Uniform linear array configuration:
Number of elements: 16
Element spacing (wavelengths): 0.75
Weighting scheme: uniform
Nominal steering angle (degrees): -45
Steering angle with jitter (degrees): -44.509
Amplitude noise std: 0.05
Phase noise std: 0.05

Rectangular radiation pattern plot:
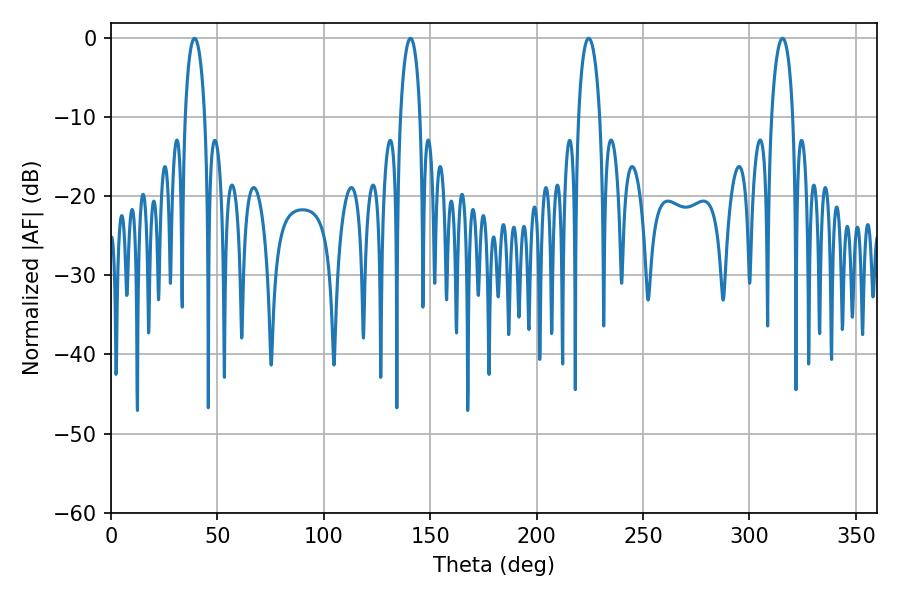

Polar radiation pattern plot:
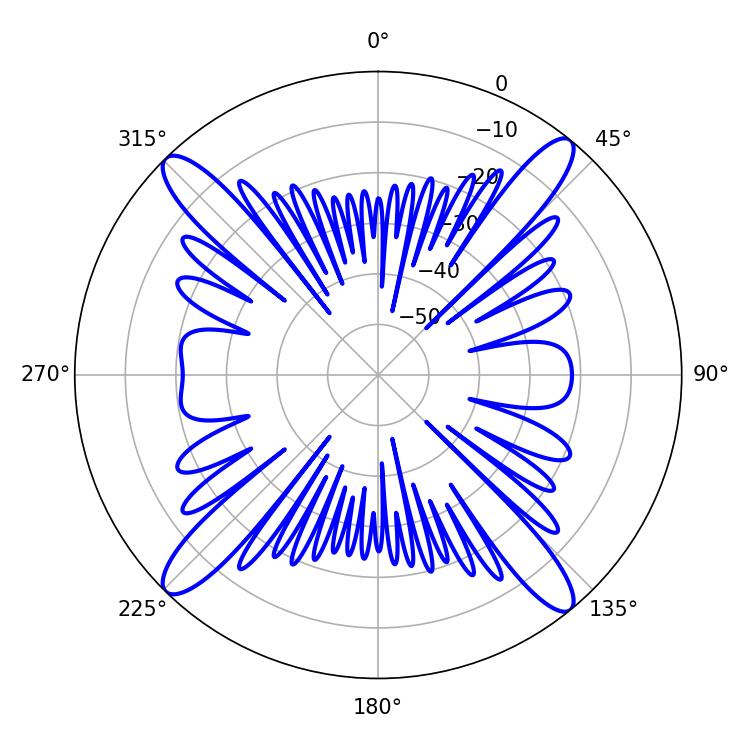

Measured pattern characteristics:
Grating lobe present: TRUE
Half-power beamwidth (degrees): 5.76
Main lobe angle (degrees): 224.46